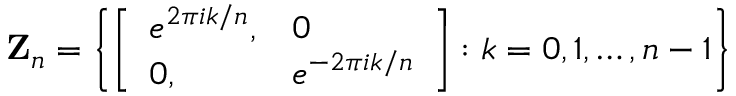
{ \bf Z } _ { n } = \left\{ \left[ \begin{array} { l l } { { e ^ { 2 \pi i k / n } , } } & { { 0 } } \\ { { 0 , } } & { { e ^ { - 2 \pi i k / n } } } \end{array} \right] : k = 0 , 1 , \ldots , n - 1 \right\}